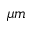
\mu m